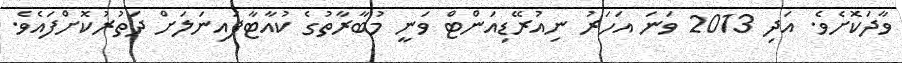
ވާދަކޮށެވެ. އަދި 2013 ވަނަ އަހަރު ނިއުރޭޑިއަންޓް ވަނީ މުބާރާތުގެ ކުއާޓާފައިނަލަށް ދަތުރުކޮށްފައެވެ.